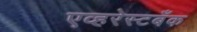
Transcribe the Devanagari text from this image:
एव्हरेस्टबँक